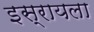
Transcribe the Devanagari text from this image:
इस्रायला